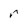
Character: r